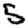
Digit: 5